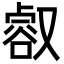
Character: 㕡